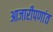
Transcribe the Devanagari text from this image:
आजारीपणांत